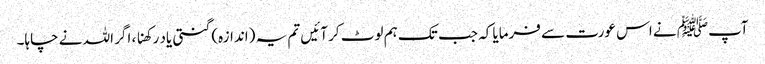
آپﷺ نے اس عورت سے فرمایا کہ جب تک ہم لوٹ کر آئیں تم یہ (اندازہ) گنتی یاد رکھنا ، اگر اللہ نے چاہا۔